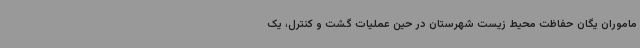
ماموران یگان حفاظت محیط زیست شهرستان در حین عملیات گشت و کنترل، یک